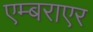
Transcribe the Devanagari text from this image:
एम्बराएर